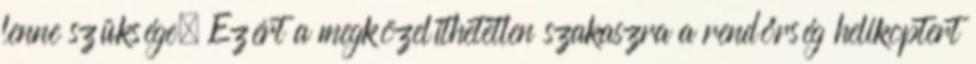
lenne szüksége. Ezért a megközelíthetetlen szakaszra a rendőrség helikoptert